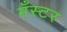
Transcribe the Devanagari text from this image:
मँस्टर